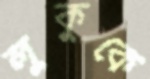
লুকুকে